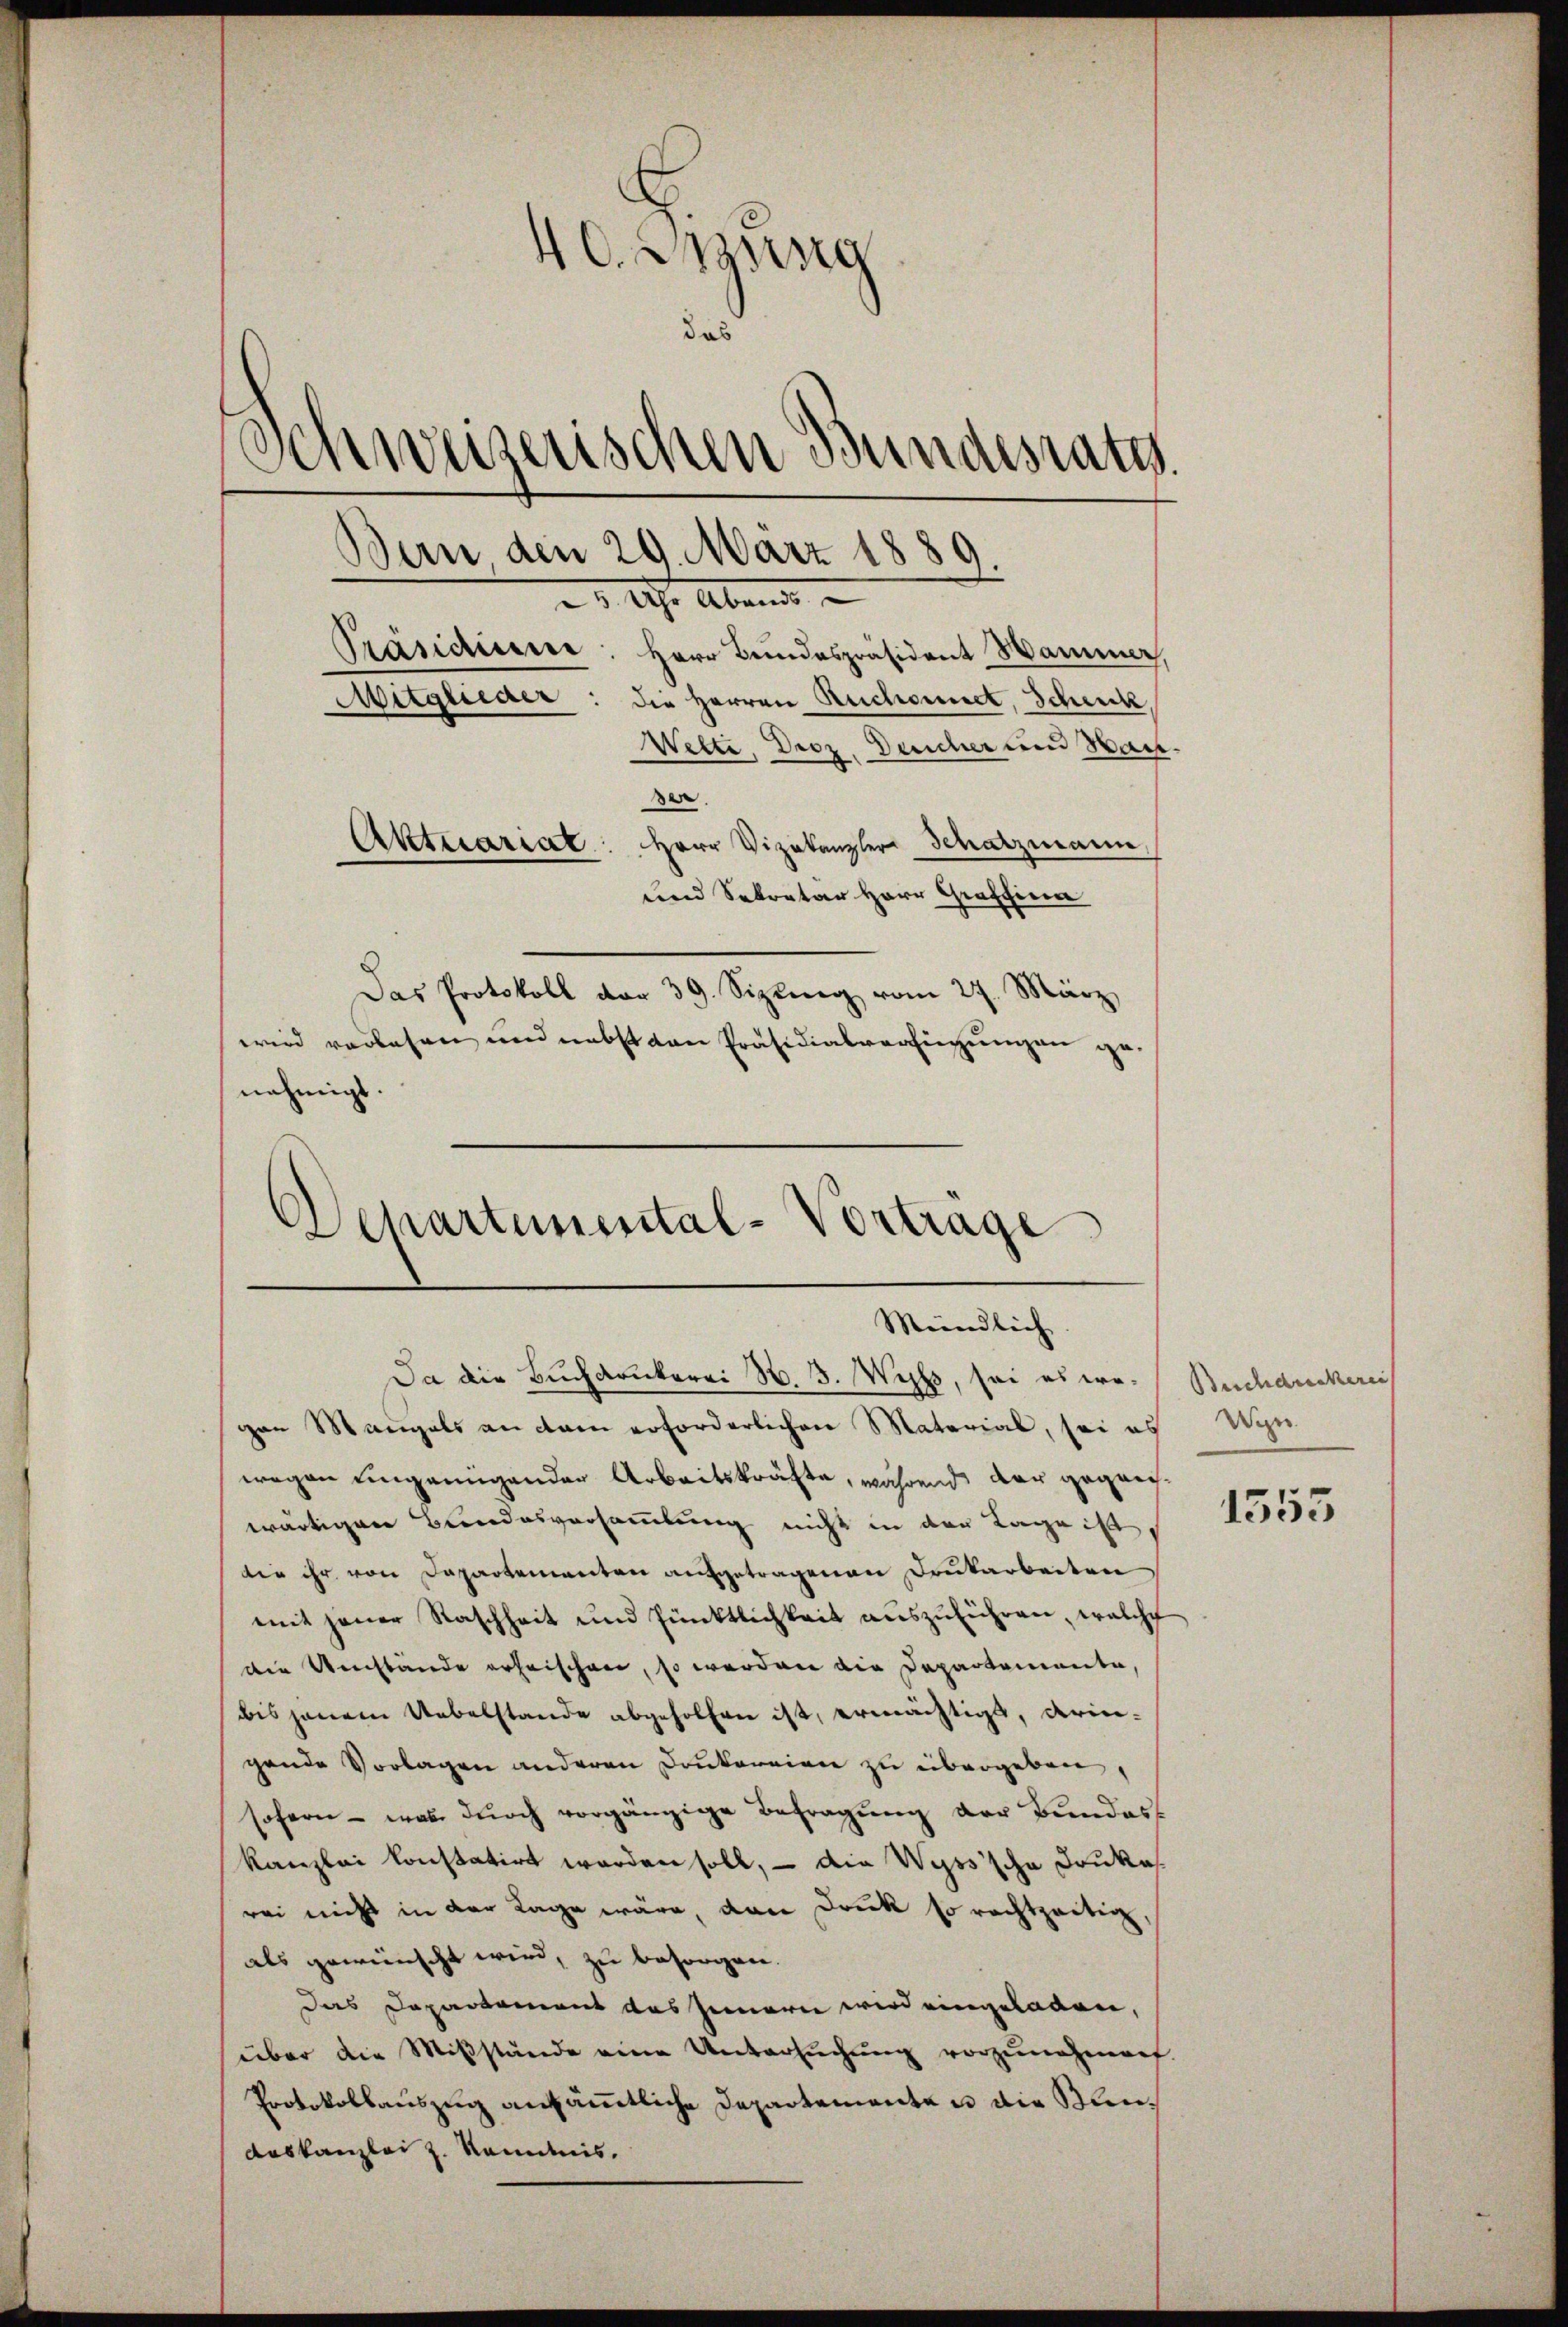
40. Jung
das
Schweizerischen Bundesrath.
Bern, den 29. März 1889
Präsidieener: Herr Bundespräsident Hammer,
Mitglieder: die Herren Recharneck, Schencke,
Wette, Droz. Deicher und Hau
ser.
Aktuariat: Herr Vizekanzler Schatzmann,
und Sekretär Herr Graffina
Das Protokoll der 39. Sizig vom 27. März
wird verlesen und nebst von Präsidialverfügungen genehmigt.

von Mangels an dem erforderlichen Material, sei es Win
wegen ungenügender Arbeitskräfte, während der gegenwärtigen Bundesversammlung nicht in der Lage ist,
die ihr von Departementen aufgetragenen Drukarbeiten
mit jener Staschheit und Pünktlichkeit aŭszŭführen, welche
die Umstände erheischen, so werden die Departemente,
bis jenem Uebelstande abgeholfen ist, ermächtigt, deringende Vorlagen anderen Conkorrien zu übergeben,
sofern - was dŭrch vorgänzige Befragŭng der Bundes
kanzlei konstatirt worden soll, – die Wyss’sche Druke
rei nicht in der Tage wäre, dan Druk so rechtzeitig,
als gewünscht wird, zu besorgen.
Das Departement das Innern wird eingeladen,
über die Mißstände eine Untersuchung vorzunehmen.
Protokollauszug ausämmtliche Departementen die Kleideskanzlei z. Kenntnis.

1. Uhr Abred

Departemental-Vorträge
Mündlich.
Da die Buchdrukerei N. 3. Wichs, sei es we¬

Buchdruckerei

1555